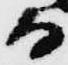
而